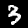
Digit: 3